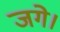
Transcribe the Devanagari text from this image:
जगे।